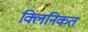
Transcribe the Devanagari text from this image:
क्लिनिकत